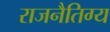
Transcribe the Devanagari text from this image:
राजनैतिग्य